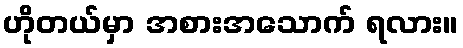
ဟိုတယ်မှာ အစားအသောက် ရလား။